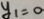
y _ { 1 } = 0